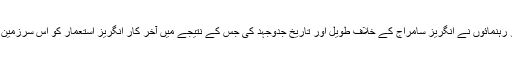
مقررین نے کہا کہ پشتونخوامیپ کے بانی خان شہید عبدالصمد خان اچکزئی ،پارٹی کے اکابرین و رہنمائوں نے انگریز سامراج کے خلاف طویل اور تاریخ جدوجہد کی جس کے نتیجے میں آخر کار انگریز استعمار کو اس سرزمین سے نکلنا پڑا اور اس خطے کے کروڑوں عوام واقوام کو فرنگی استعمارسے آزادی نصیب ہوئی ۔